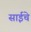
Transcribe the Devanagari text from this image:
साईचे